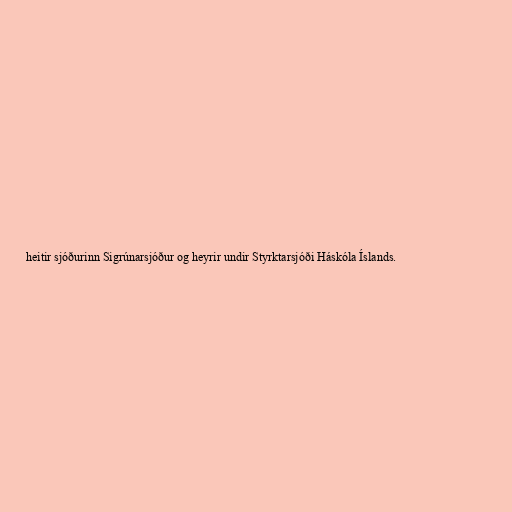
heitir sjóðurinn Sigrúnarsjóður og heyrir undir Styrktarsjóði Háskóla Íslands.